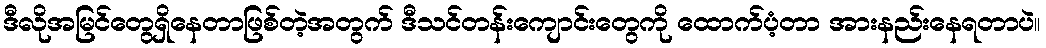
ဒီလိုအမြင်တွေရှိနေတာဖြစ်တဲ့အတွက် ဒီသင်တန်းကျောင်းတွေကို ထောက်ပံ့တာ အားနည်းနေရတာပဲ။